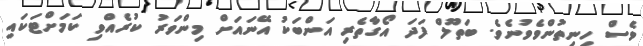
ވެސް ހިނިތުންވެވުނެވެ. ބަތޫލް ފަދަ އޯގާތެރި އަންބަކު އޭނައަށް މިންވަރު ކުރެއްވި ކަމަށްޓަކައި